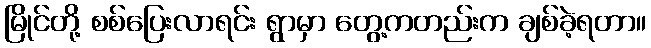
မြိုင်တို့ စစ်ပြေးလာရင်း ရွာမှာ တွေ့ကတည်းက ချစ်ခဲ့ရတာ။